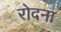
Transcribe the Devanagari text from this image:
रोदना